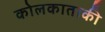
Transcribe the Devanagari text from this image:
कोलकाताकी